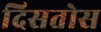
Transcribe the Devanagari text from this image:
दिसतोस